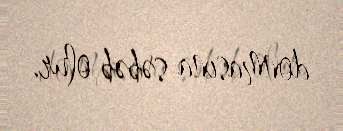
donmasına səbəb olur.